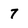
Character: 7